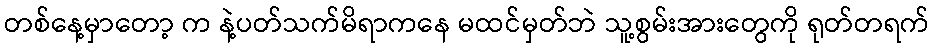
တစ်နေ့မှာတော့ က နဲ့ပတ်သက်မိရာကနေ မထင်မှတ်ဘဲ သူ့စွမ်းအားတွေကို ရုတ်တရက်